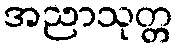
အညာသုတ္တ